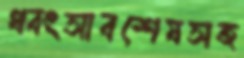
ধ্বংসাবশেষসহ